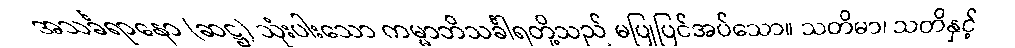
အသင်္ခရာနော (ဆဋ္ဌ) သုံးပါးသော ကမ္မာဘိသင်္ခါရတို့သည် မပြုပြင်အပ်သော။ သတိမာ၊ သတိနှင့်